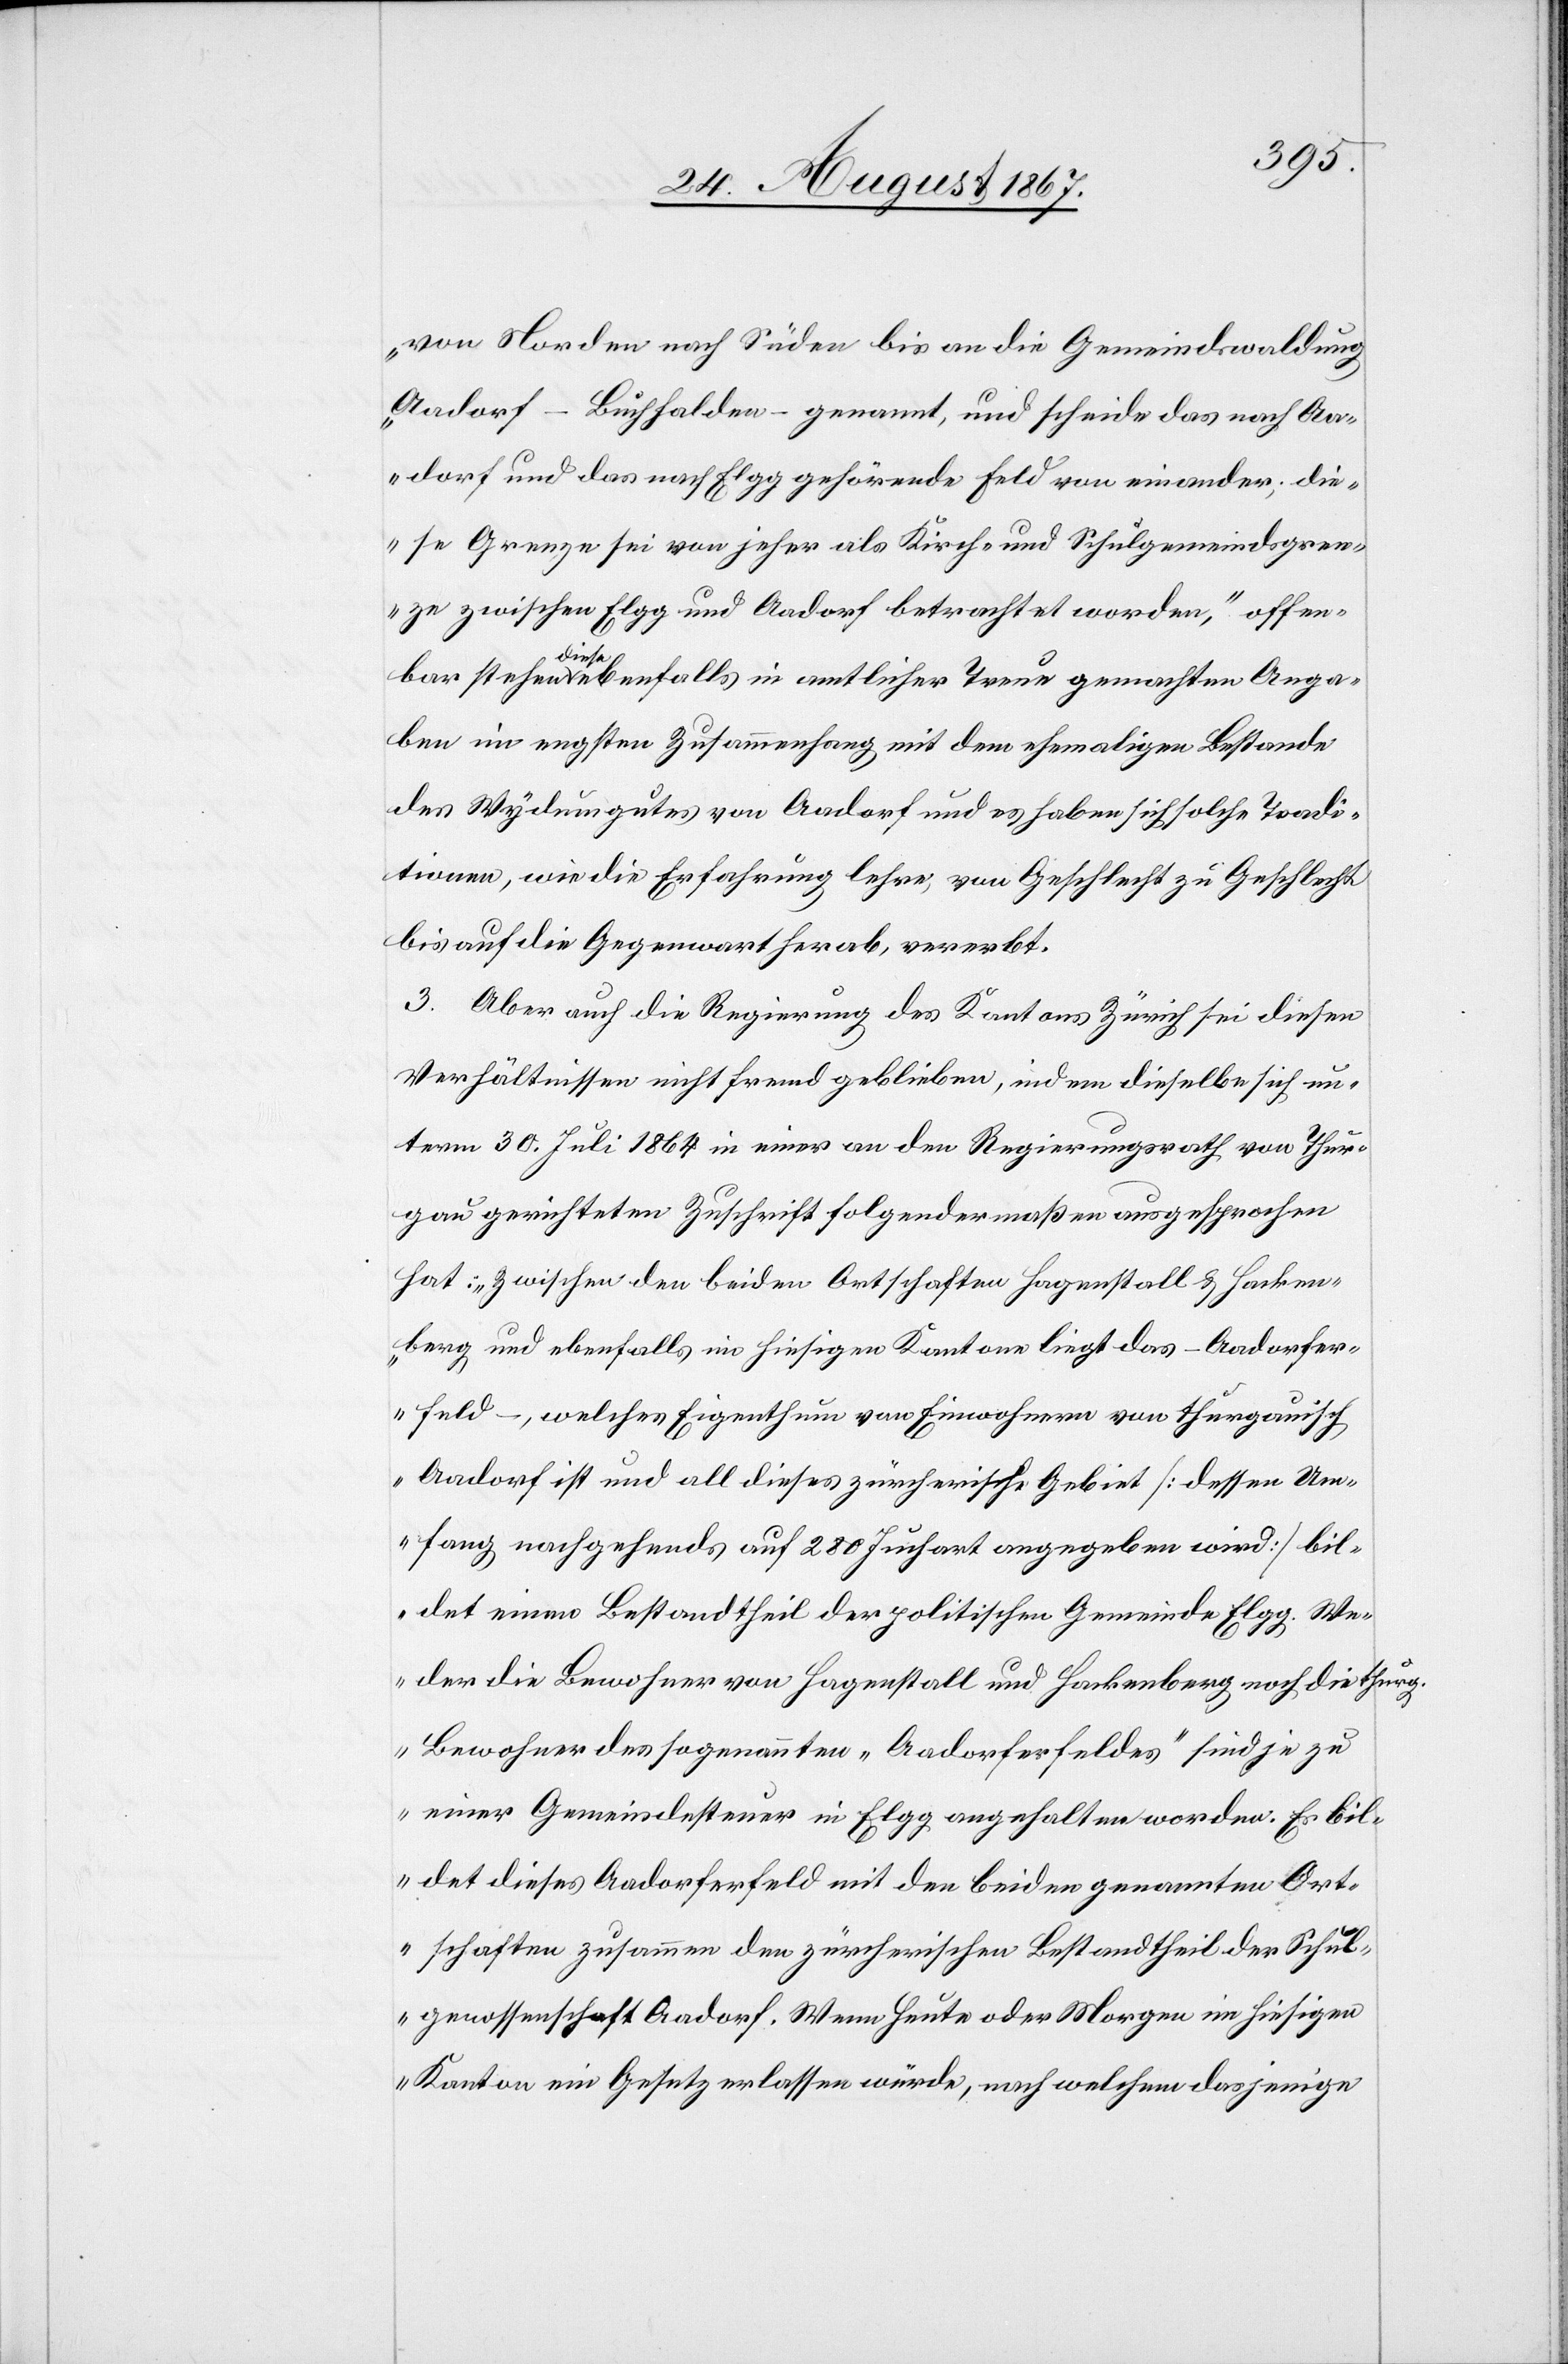
von Norden nach Süden bis an die Gemeindswaldung
Aadorf – Buchhalden – genannt, und schneide das nach Aa¬
dorf und das nach Elgg gehörende Feld von einander; die¬
se Grenze sei von jeher als Kirch- und Schulgemeindsgren¬
ze zwischen Elgg und Aadorf betrachtet worden,“ offen¬
bar stehen diese ebenfalls in amtlicher Treue gemachten Anga¬
ben im engsten Zusammenhang mit dem ehemaligen Bestande
des Wydumgutes von Aadorf und es haben sich solche Tradi¬
tionen, wie die Erfahrung lehre, von Geschlecht zu Geschlecht
bis auf die Gegenwart herab, vererbt.
3. Aber auch die Regierung des Kantons Zürich sei diesen
Verhältnissen nicht fremd geblieben, indem dieselbe sich un¬
term 30. Juli 1864 in einer an den Regierungsrath von Thur¬
gau gerichteten Zuschrift folgendermaßen ausgesprochen
hat: „zwischen den beiden Ortschaften Hagenstall u. Hacken¬
berg und ebenfalls im hiesigen Kanton liegt das – Aadorfer¬
feld –, welches Eigenthum von Einwohnern von thurgauisch
Aadorf ist und all dieses zürcherische Gebiet [dessen Um¬
fang nachgehend auf 280 Juchart angegeben wird] bil¬
det einen Bestandtheil der politischen Gemeinde Elgg. We¬
der die Bewohner von Hagenstall und Hackenberg noch die thurg.
Bewohner des sogenannten „Aadorferfeldes“ sind je zu
einer Gemeindesteuer in Elgg angehalten worden. Es bil¬
det dieses Aadorferfeld mit den beiden genannten Ort¬
schaften zusammen den zürcherischen Bestandtheil der Schul¬
genossenschaft Aadorf. Wenn heute oder Morgen im hiesigen
Kanton ein Gesetz erlassen würde, nach welchem dasjenige